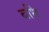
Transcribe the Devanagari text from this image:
बधि